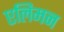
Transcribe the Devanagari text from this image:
एलिमन